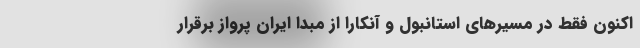
اکنون فقط در مسیرهای استانبول و آنکارا از مبدا ایران پرواز برقرار